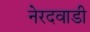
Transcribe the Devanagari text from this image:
नेरदवाडी